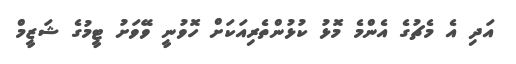
އަދި އެ މެޗުގެ އެންމެ މޮޅު ކުޅުންތެރިއަކަށް ހޮވުނީ ވޭވަށު ޓީމުގެ ޝަޒީމް